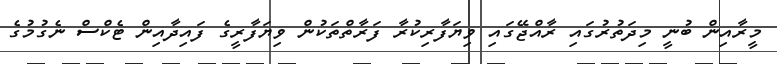
މީރާއިން ބުނީ މިދަތުރުގައި ރާއްޖޭގައި ވިޔަފާރިކުރާ ފަރާތްތަކުން ވިޔަފާރީގެ ފައިދާއިން ޓެކްސް ނެގުމުގެ